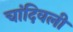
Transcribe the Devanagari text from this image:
चांदिवली